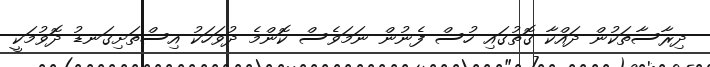
ދިރާސާތަކުން ދައްކާ ގޮތުގައި ހުސް ފެނުން ނަމަވެސް ކޮންމެ ދުވަހަކު އިސްތަށިގަނޑު ދޮވުމަކީ